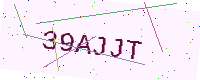
Text: 39AJJT